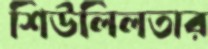
শিউলিলতার